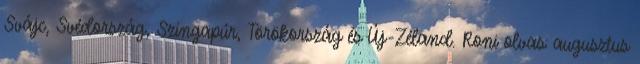
Svájc, Svédország, Szingapúr, Törökország és Új-Zéland. Roni olvas: augusztus